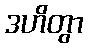
ဒဟိတွာ